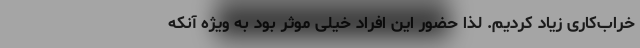
خراب‌کاری زیاد کردیم. لذا حضور این افراد خیلی موثر بود به ویژه آنکه